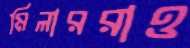
মিলাররাও